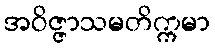
အဝိဇ္ဇာသမတိက္ကမာ